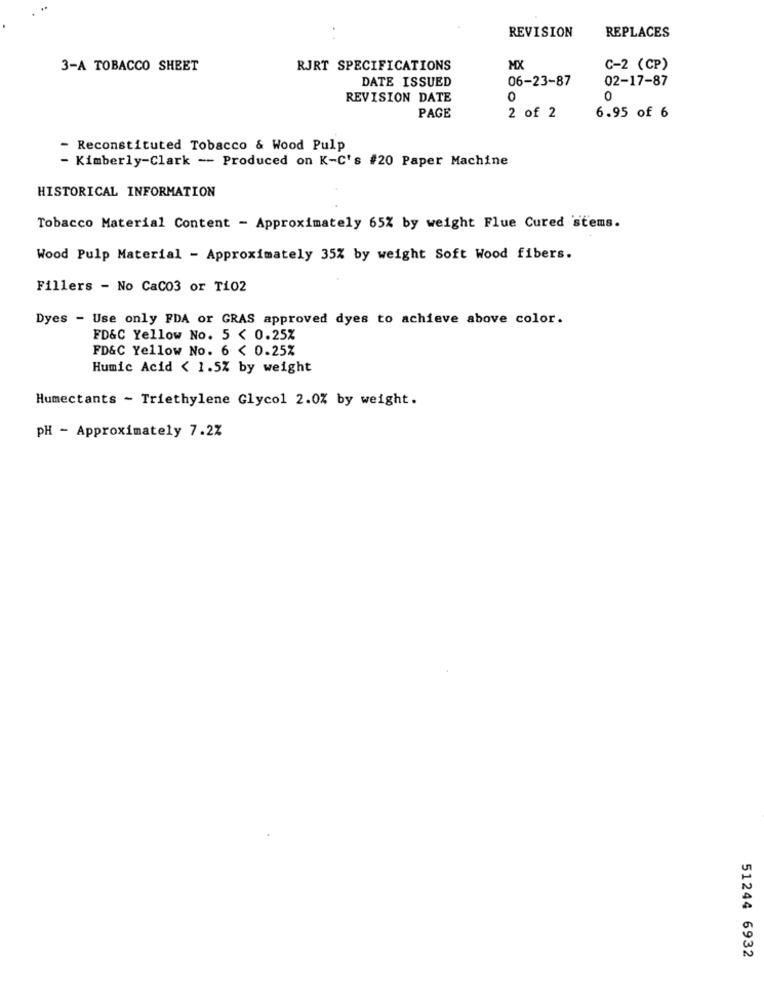
REVISION
REPLACES
3-A TOBACCO SHEET
RJRT SPECIFICATIONS
MX
C-2 (CP)
DATE ISSUED
06-23-87
02-17-87
REVISION DATE
0
0
PAGE
2 of 2
6.95 of 6
- Reconstituted Tobacco & Wood Pulp
- Kimberly-Clark -- Produced on K-C's #20 Paper Machine
HISTORICAL INFORMATION
Tobacco Material Content - Approximately 65% by weight Flue Cured stems.
Wood Pulp Material - Approximately 35% by weight Soft Wood fibers.
Fillers - No CaC03 or Ti02
Dyes - Use only FDA or GRAS approved dyes to achieve above color.
FD&C Yellow No. 5 < 0.25%
FD&C Yellow No. 6 < 0.25%
Humic Acid < 1.5% by weight
Humectants - Triethylene Glycol 2.0% by weight.
PH - Approximately 7.2%
51244 6932